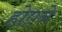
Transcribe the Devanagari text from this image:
होएने